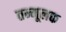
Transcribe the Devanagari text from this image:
तन्मूलक